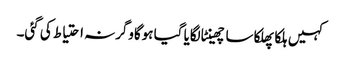
کہیں ہلکا پھلکا سا چھینٹا لگایا گیا ہوگاوگرنہ احتیاط کی گئی۔